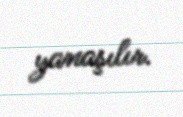
yanaşılır.